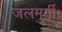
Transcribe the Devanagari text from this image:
जलमुर्गी।